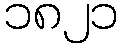
၁၈၂၁